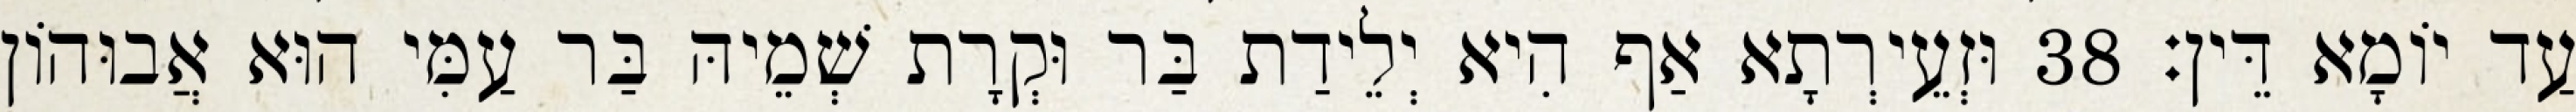
עַד יוֹמָא דֵּין׃ 38 וּזְעֵירְתָא אַף הִיא יְלֵידַת בַּר וּקְרָת שְׁמֵיהּ בַּר עַמִּי הוּא אֲבוּהוֹן